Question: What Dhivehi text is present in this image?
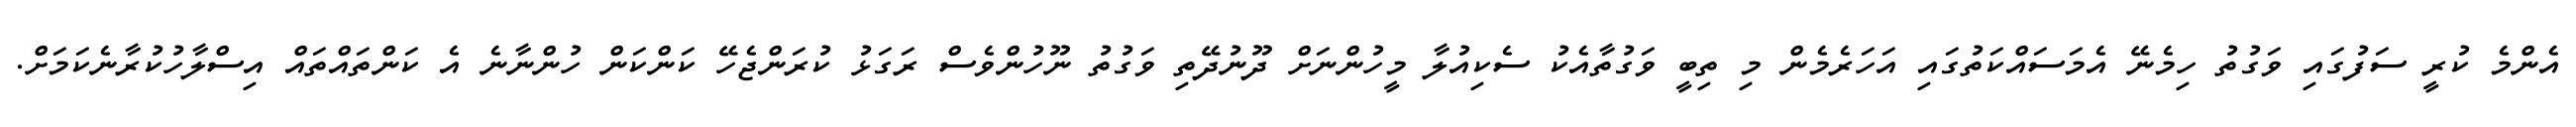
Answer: އެންމެ ކުރީ ސަފުގައި ވަގުތު ހިމެނޭ އެމަސައްކަތުގައި އަހަރެމެން މި ތިބީ ވަގުތާއެކު ސެކިއުލާ މީހުންނަށް ދޫނުދޭތި ވަގުތު ނޫހުންވެސް ރަގަޅު ކުރަންޖެހޭ ކަންކަން ހުންނާނެ އެ ކަންތައްތައް އިސްލާހުކުރާނެކަމަށް.